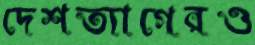
দেশত্যাগেরও